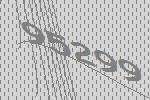
95299